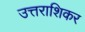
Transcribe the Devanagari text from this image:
उत्तराशिकर